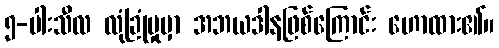
၅-ပါးသီလ လုံခြုံမှုမှာ အဘယဒါနဖြစ်ကြောင်း ဟောထား၏။